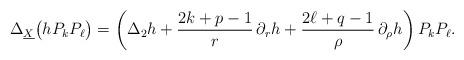
LaTeX: \begin{align*}\Delta_{\underline X}\big(hP_kP_\ell\big)=\left(\Delta_2h+\frac{2k+p-1}{r}\,\partial_rh+\frac{2\ell+q-1}{\rho}\,\partial_{\rho}h\right)P_kP_\ell.\end{align*}